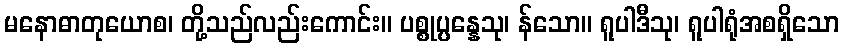
မနောဓာတုယောစ၊ တို့သည်လည်းကောင်း။ ပစ္စုပ္ပန္နေသု၊ န်သော။ ရူပါဒီသု၊ ရူပါရုံအစရှိသော